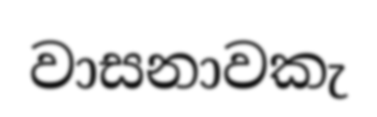
වාසනාවකැ